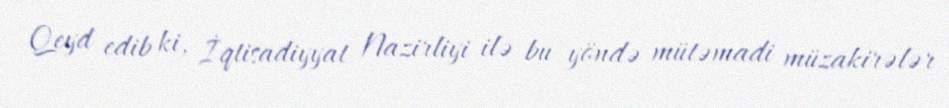
Qeyd edib ki, İqtisadiyyat Nazirliyi ilə bu yöndə mütəmadi müzakirələr